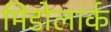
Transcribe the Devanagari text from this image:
मिडोलार्क